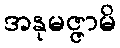
အနုမဇ္ဇာမိ